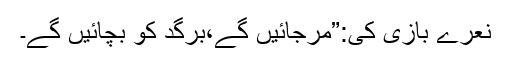
نعرے بازی کی:”مرجائیں گے،برگد کو بچائیں گے۔